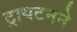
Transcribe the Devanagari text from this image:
ट्रायटनने